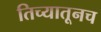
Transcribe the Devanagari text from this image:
तिच्यातूनच